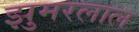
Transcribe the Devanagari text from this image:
झुमरलाल